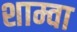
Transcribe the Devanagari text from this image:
शाम्वा